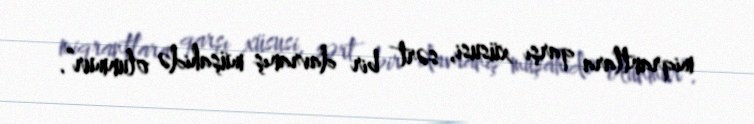
miqrantlara qarşı xüsusi, sərt bir davranış müşahidə olunmur”.